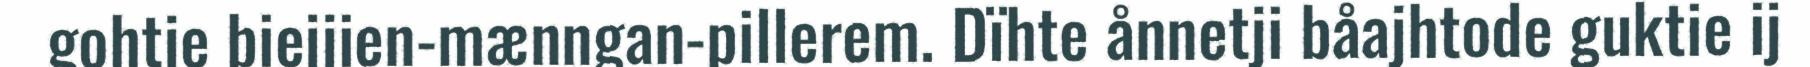
gohtje biejjien-mænngan-pillerem. Dïhte ånnetji båajhtode guktie ij